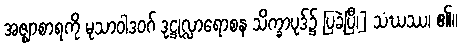
အဇ္ဈာစာရကို မုသာဝါဒဝဂ် ဒုဋ္ဌုလ္လာရောစန သိက္ခာပုဒ်၌ ပြခဲ့ပြီ၊] သံဃဿ၊ ၏။